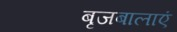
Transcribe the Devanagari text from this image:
बृजबालाएं